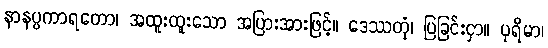
နာနပ္ပကာရတော၊ အထူးထူးသော အပြားအားဖြင့်။ ဒေဿတုံ၊ ပြခြင်းငှာ။ ပုရိမာ၊